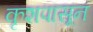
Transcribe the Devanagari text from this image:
कृशपासून